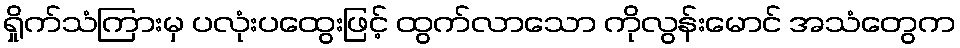
ရှိုက်သံကြားမှ ပလုံးပထွေးဖြင့် ထွက်လာသော ကိုလွန်းမောင် အသံတွေက